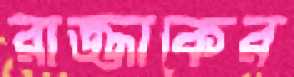
রাজ্জাকের